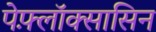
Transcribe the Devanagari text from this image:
पेफ़्लॉक्सासिन